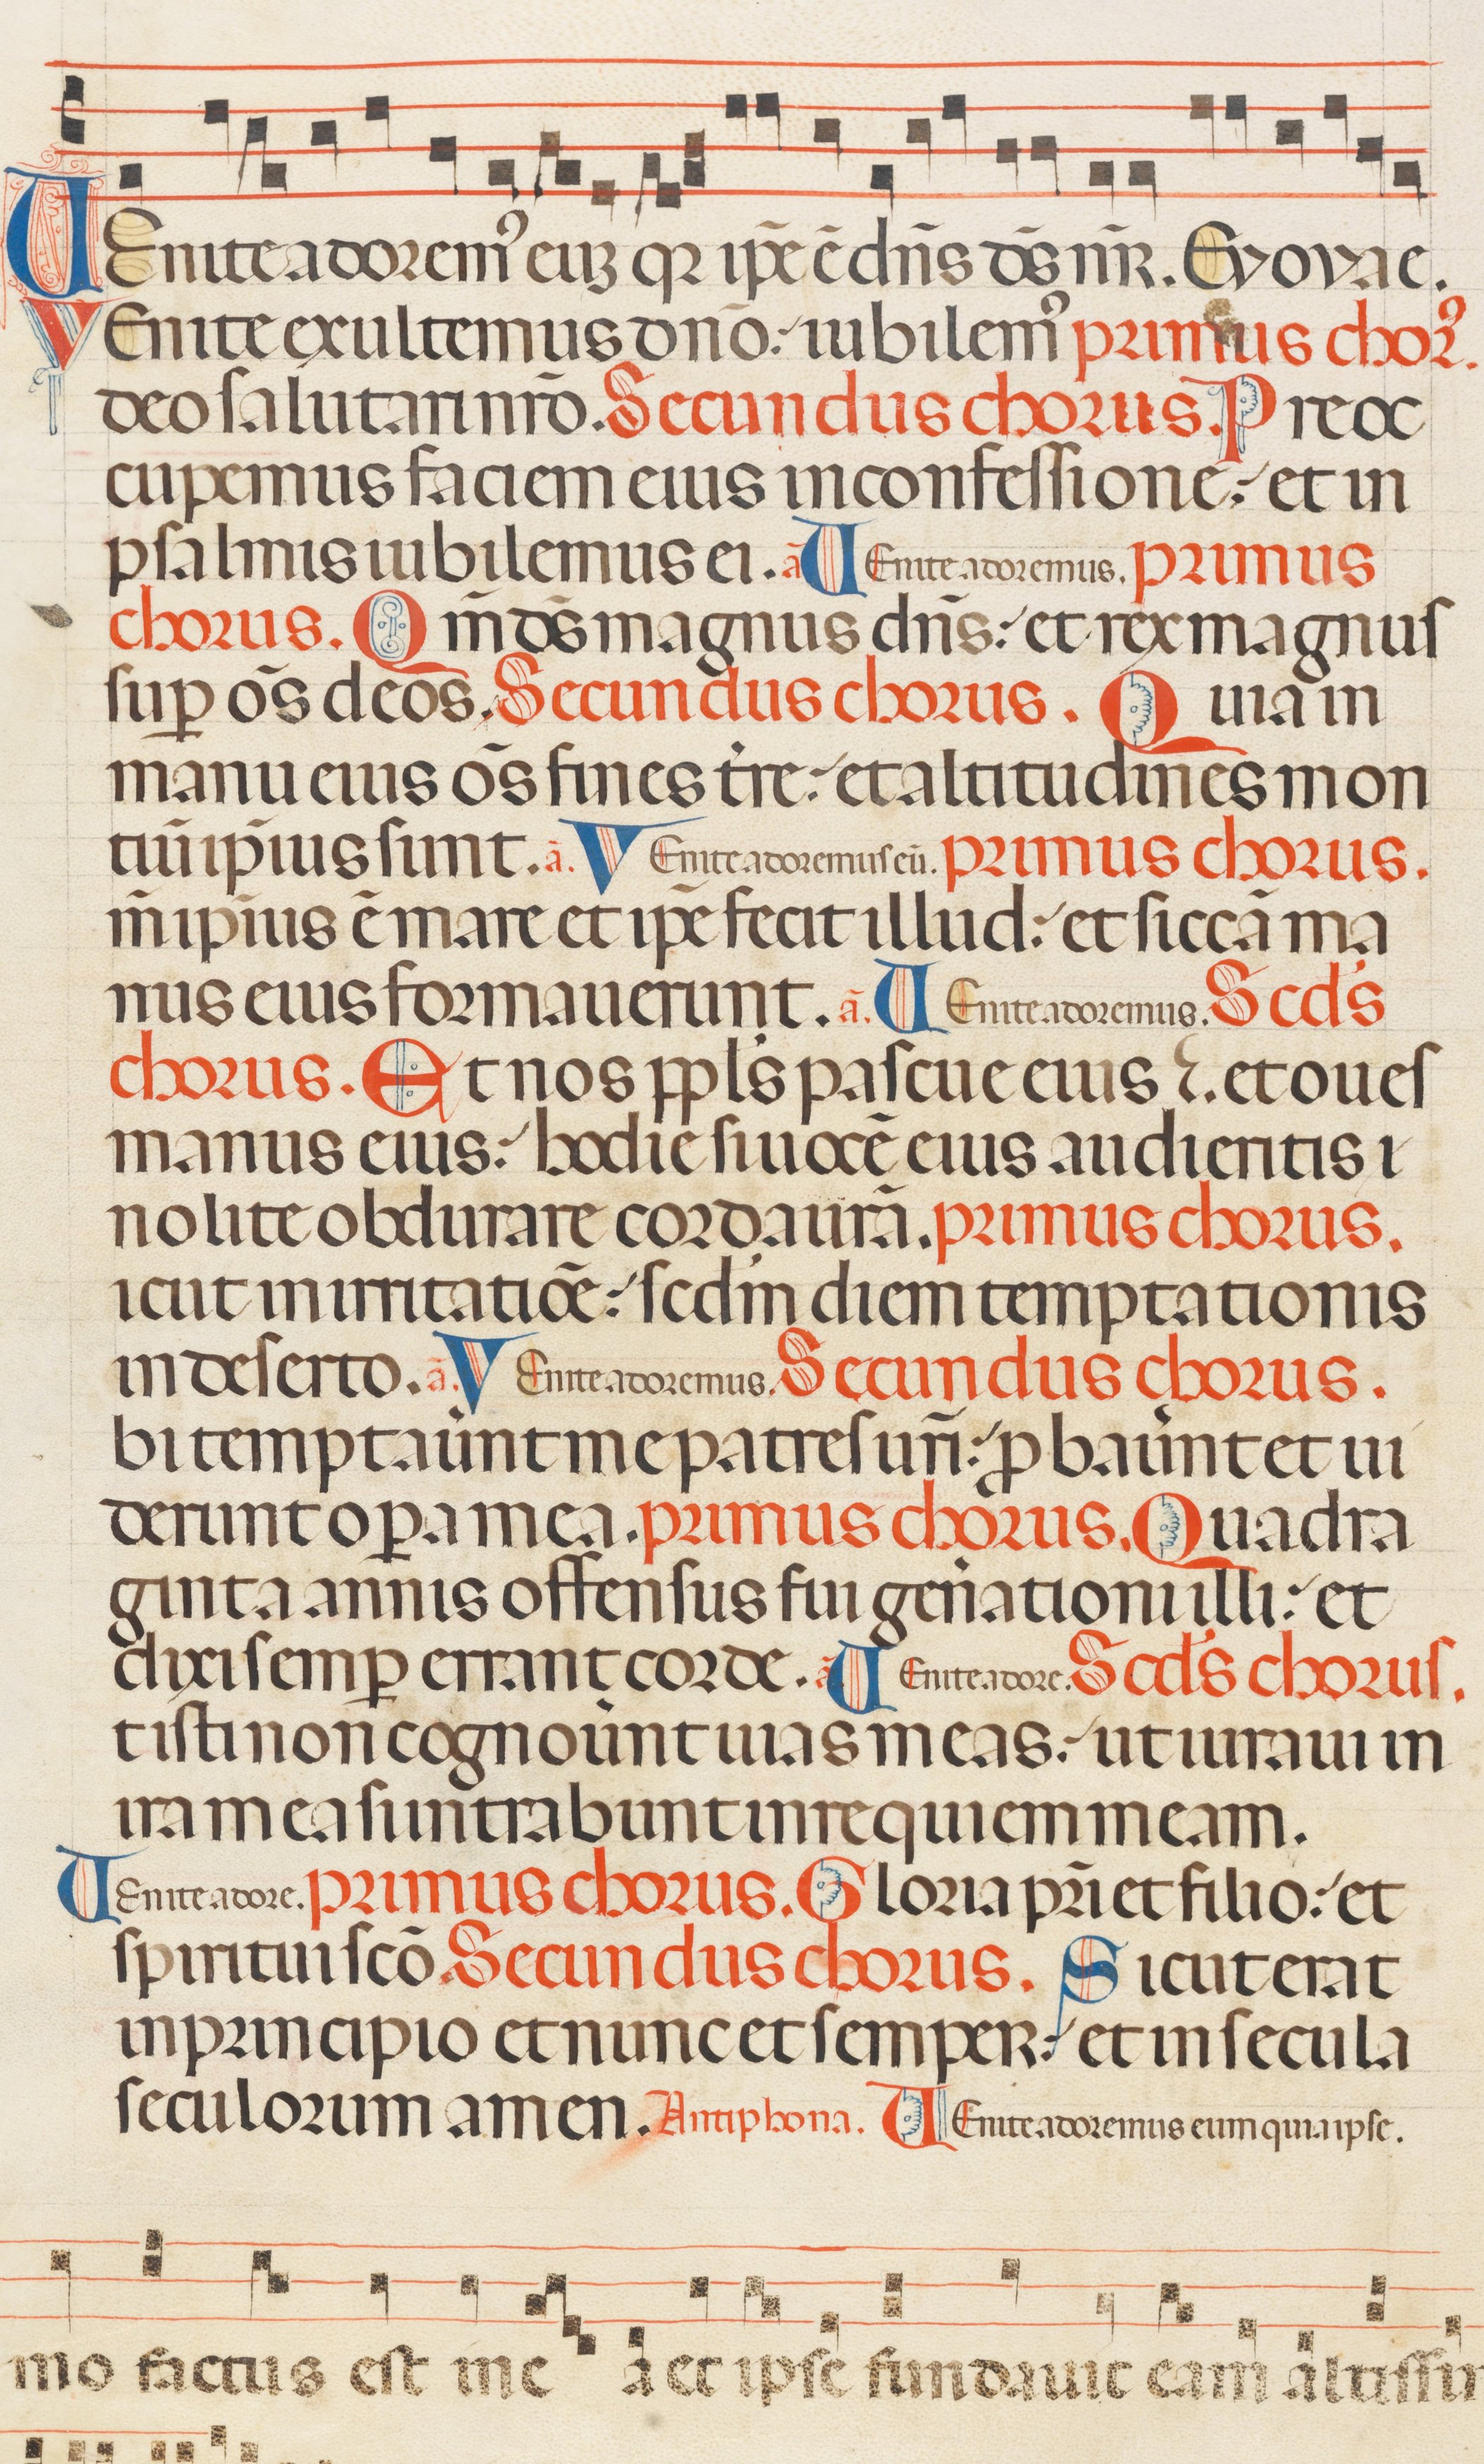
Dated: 1300–1330